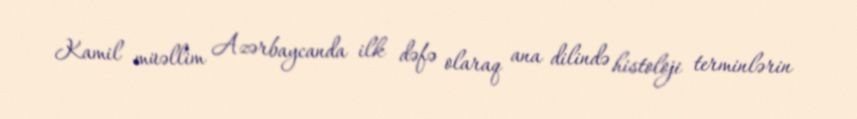
Kamil müəllim Azərbaycanda ilk dəfə olaraq ana dilində histoloji terminlərin